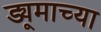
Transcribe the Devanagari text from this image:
ड्यूमाच्या